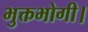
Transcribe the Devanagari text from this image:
भुक्तभोगी।